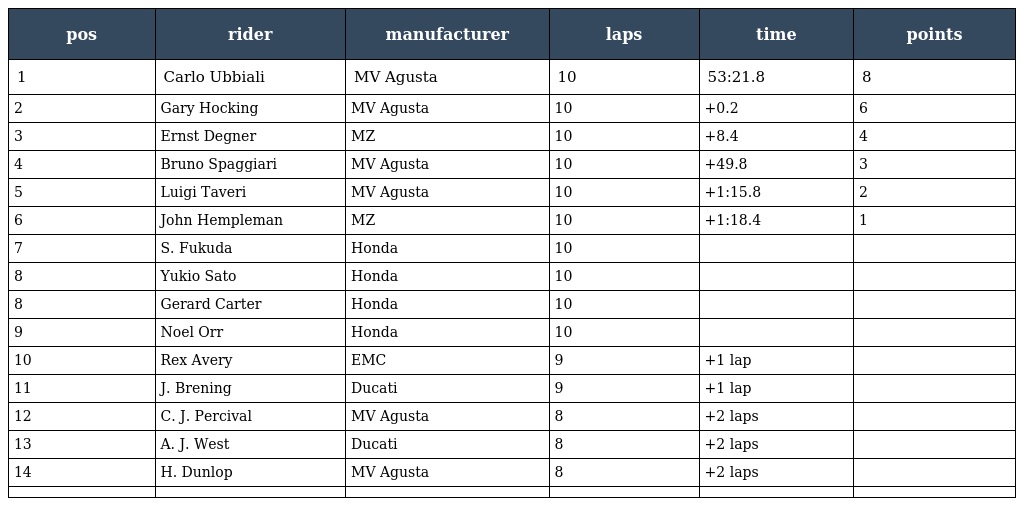
| pos | rider | manufacturer | laps | time | points |
 | --- | --- | --- | --- | --- | --- |
 | 1 | Carlo Ubbiali | MV Agusta | 10 | 53:21.8 | 8 |
 | 2 | Gary Hocking | MV Agusta | 10 | +0.2 | 6 |
 | 3 | Ernst Degner | MZ | 10 | +8.4 | 4 |
 | 4 | Bruno Spaggiari | MV Agusta | 10 | +49.8 | 3 |
 | 5 | Luigi Taveri | MV Agusta | 10 | +1:15.8 | 2 |
 | 6 | John Hempleman | MZ | 10 | +1:18.4 | 1 |
 | 7 | S. Fukuda | Honda | 10 |  |  |
 | 8 | Yukio Sato | Honda | 10 |  |  |
 | 8 | Gerard Carter | Honda | 10 |  |  |
 | 9 | Noel Orr | Honda | 10 |  |  |
 | 10 | Rex Avery | EMC | 9 | +1 lap |  |
 | 11 | J. Brening | Ducati | 9 | +1 lap |  |
 | 12 | C. J. Percival | MV Agusta | 8 | +2 laps |  |
 | 13 | A. J. West | Ducati | 8 | +2 laps |  |
 | 14 | H. Dunlop | MV Agusta | 8 | +2 laps |  |
 |  |  |  |  |  |  |